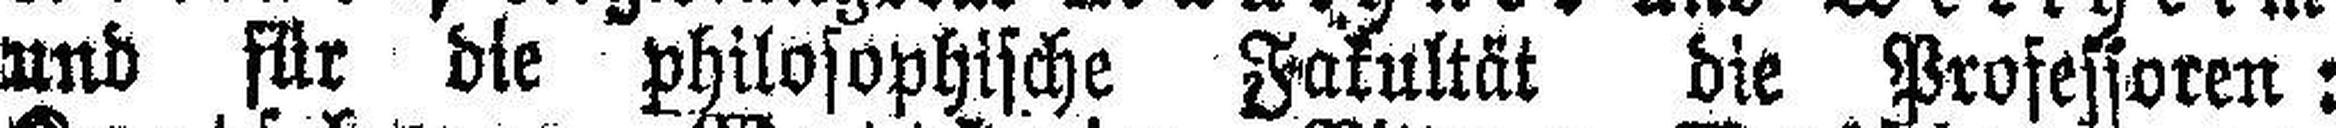
und für die philosophische Fakultät die Professoren: